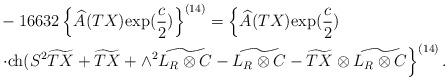
LaTeX: \begin{align*}&-16632\left\{\widehat{A}(TX){\rm exp}(\frac{c}{2})\right\}^{(14)}=\left\{\widehat{A}(TX){\rm exp}(\frac{c}{2})\right.\\&\left.\cdot{\rm ch}(S^2\widetilde{TX}+\widetilde{TX}+\wedge^2\widetilde{L_R\otimes C}-\widetilde{L_R\otimes C}-\widetilde{TX}\otimes\widetilde{L_R\otimes C}\right\}^{(14)}.\end{align*}